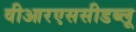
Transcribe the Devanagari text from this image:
वीआरएससीडब्लू